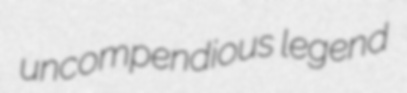
uncompendious legend